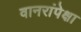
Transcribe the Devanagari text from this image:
वानरांपेक्षा